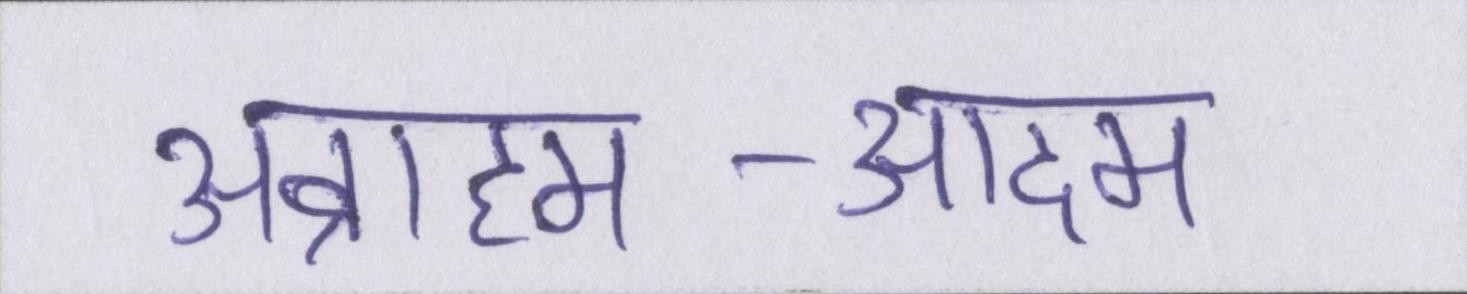
अब्राहम-आदम